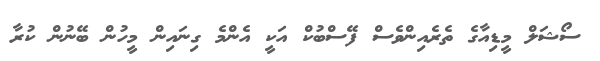
ސޯޝަލް މީޑިއާގެ ތެރެއިންވެސް ފޭސްބުކް އަކީ އެންމެ ގިނައިން މީހުން ބޭނުން ކުރާ